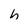
Character: h